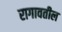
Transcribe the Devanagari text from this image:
रागावतील